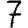
Digit: 7